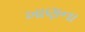
ખાણના